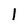
Character: 1